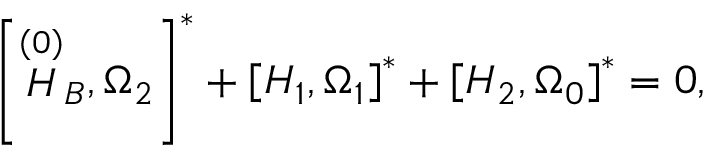
\left[ \stackrel { \left( 0 \right) } { H } _ { B } , \Omega _ { 2 } \right] ^ { * } + \left[ H _ { 1 } , \Omega _ { 1 } \right] ^ { * } + \left[ H _ { 2 } , \Omega _ { 0 } \right] ^ { * } = 0 ,